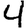
Digit: 4